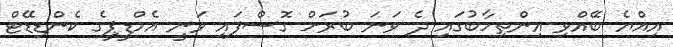
އިއްޔެ ބޭއްވި އިންތިހާބުގައި ދެ ވަނަ ބުރަށް ގޮސްފައި ވަނީ އެމްޑީޕީގެ ކެންޑިޑޭޓް